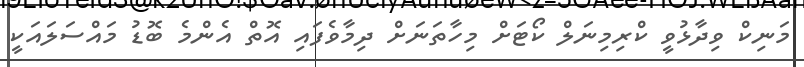
މަނިކް ވިދާޅުވީ ކްރިމިނަލް ކޯޓަށް މިހާތަނަށް ދިމާވެފައި އޮތް އެންމެ ބޮޑު މައްސަލައަކީ